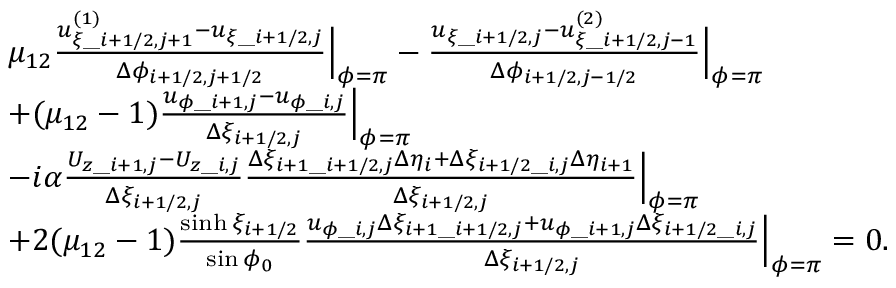
\begin{array} { r l } & { \begin{array} { r l } & { \mu _ { 1 2 } \frac { u _ { \xi \_ i + 1 / 2 , j + 1 } ^ { ( 1 ) } - u _ { \xi \_ i + 1 / 2 , j } } { \Delta \phi _ { i + 1 / 2 , j + 1 / 2 } } \Bigr | _ { \phi = \pi } - \frac { u _ { \xi \_ i + 1 / 2 , j } - u _ { \xi \_ i + 1 / 2 , j - 1 } ^ { ( 2 ) } } { \Delta \phi _ { i + 1 / 2 , j - 1 / 2 } } \Bigr | _ { \phi = \pi } } \\ & { + ( \mu _ { 1 2 } - 1 ) \frac { u _ { \phi \_ i + 1 , j } - u _ { \phi \_ i , j } } { \Delta \xi _ { i + 1 / 2 , j } } \Bigr | _ { \phi = \pi } } \\ & { - i \alpha \frac { U _ { z \_ i + 1 , j } - U _ { z \_ i , j } } { \Delta \xi _ { i + 1 / 2 , j } } \frac { \Delta \xi _ { i + 1 \_ i + 1 / 2 , j } \Delta \eta _ { i } + \Delta \xi _ { i + 1 / 2 \_ i , j } \Delta \eta _ { i + 1 } } { \Delta \xi _ { i + 1 / 2 , j } } \Bigr | _ { \phi = \pi } } \\ & { + 2 ( \mu _ { 1 2 } - 1 ) \frac { \sinh \xi _ { i + 1 / 2 } } { \sin \phi _ { 0 } } \frac { u _ { \phi \_ i , j } \Delta \xi _ { i + 1 \_ i + 1 / 2 , j } + u _ { \phi \_ i + 1 , j } \Delta \xi _ { i + 1 / 2 \_ i , j } } { \Delta \xi _ { i + 1 / 2 , j } } \Bigr | _ { \phi = \pi } = 0 . } \end{array} } \end{array}